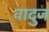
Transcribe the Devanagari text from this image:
वादुज